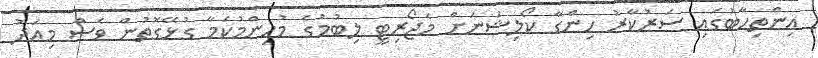
އިންތިހާބުގައި ސަރުކާރު ހިންގާ ކޯލިޝަނަށް މެޖޯރިޓީ ލިބުމުގެ މުހިންމުކަމާ ގުޅޭގޮތުން ވެސް މިއަދު